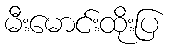
မီးမောင်းထိုးပြ